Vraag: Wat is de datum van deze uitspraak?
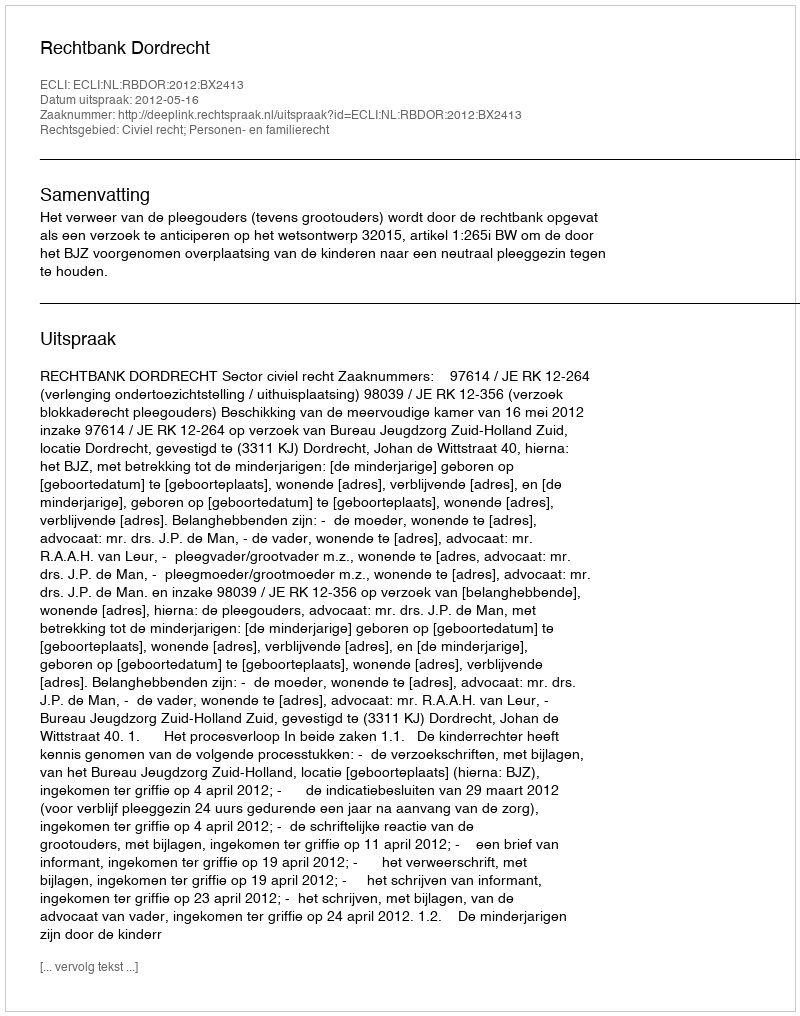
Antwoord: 2012-05-16